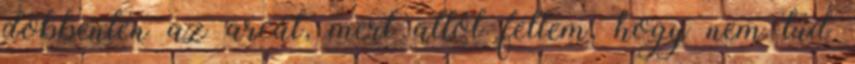
döbbenten az arcát, mert attól féltem, hogy nem tud